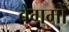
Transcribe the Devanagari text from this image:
बेगमोँ